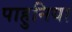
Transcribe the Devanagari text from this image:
पाहुनिया